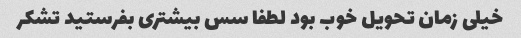
خیلی زمان تحویل خوب بود لطفا سس بیشتری بفرستید تشکر